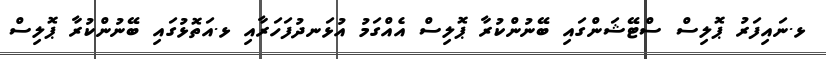
ޅ.ނައިފަރު ޕޮލިސް ސްޓޭޝަންގައި ބޭނުންކުރާ ޕޮލިސް އެއްގަމު އުޅަނދުފަހަރާއި ޅ.އަތޮޅުގައި ބޭނުންކުރާ ޕޮލިސް